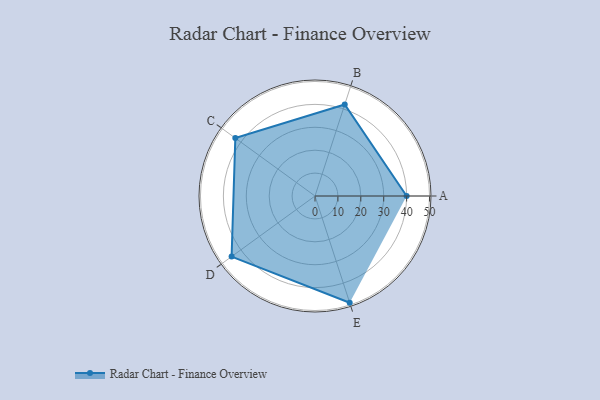
{"axis": {"x": "Skill", "y": "Score"}, "legend": ["Profile"], "data": [{"x": "A", "y": 40.0, "type": "Profile"}, {"x": "B", "y": 42.0, "type": "Profile"}, {"x": "C", "y": 43.0, "type": "Profile"}, {"x": "D", "y": 45.0, "type": "Profile"}, {"x": "E", "y": 49.0, "type": "Profile"}]}